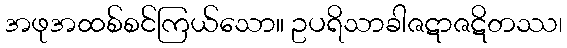
အဖုအထစ်စင်ကြယ်သော။ ဥပရိသာခါဇဋာဇဋိတဿ၊